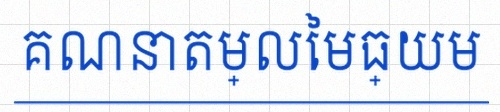
គណនាតម្លៃមធ្យម